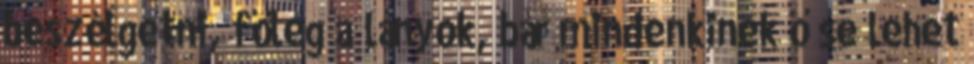
beszélgetni, főleg a lányok, bár mindenkinek ő se lehet